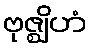
ဗုဇ္ဈိဟံ